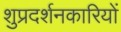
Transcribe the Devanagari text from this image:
शुप्रदर्शनकारियों